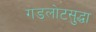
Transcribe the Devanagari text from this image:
गडलोटसुद्धा